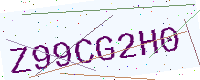
Text: Z99CG2H0